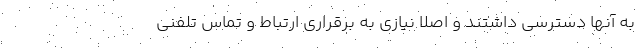
به آنها دسترسی داشتند و اصلا نیازی به برقراری ارتباط و تماس تلفنی